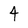
Character: 4